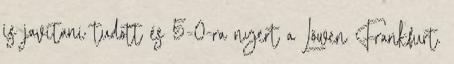
is javítani tudott és 5-0-ra nyert a Löwen Frankfurt.